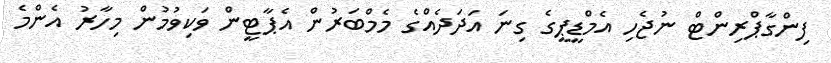
ފިންގާޕްރިންޓް ނުޖެހި އެމްޑީޕީގެ ގިނަ އަދަދެއްގެ މެމްބަރުން އެޕާޓީން ވަކިވުމުން މިހާރު އެންމެ